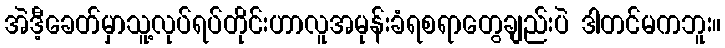
အဲဒီ့ခေတ်မှာသူ့လုပ်ရပ်တိုင်းဟာလူအမုန်းခံရစရာတွေချည်းပဲ ဒါတင်မကဘူး။